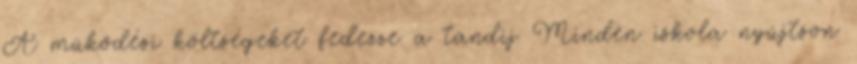
A müködési költségeket fedezze a tandij Minden iskola nyújtson